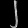
Digit: ၂